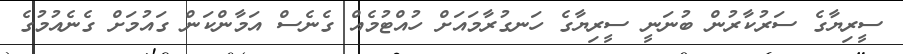
ސީރިޔާގެ ސަރުކާރުން ބުނަނީ ސީރިޔާގެ ހަނގުރާމައަށް ހުއްޓުމެއް ގެނެސް އަމާންކަން ގައުމަށް ގެނެއުމުގެ